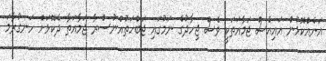
އަނެއްކޮޅުން އައިއެސް ޖަމާއަތަކީ ވެސް ޖިހާދުގެ ނަމުގައި ޖަބްހަތުއްނުސްރާ ޖަމާއަތާ ދެކޮޅަށް ހަނގުރާމަ